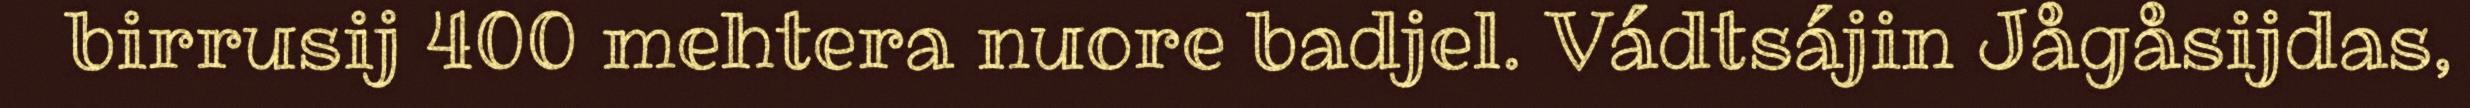
birrusij 400 mehtera nuore badjel. Vádtsájin Jågåsijdas,